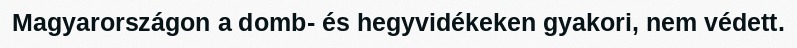
Magyarországon a domb- és hegyvidékeken gyakori, nem védett.